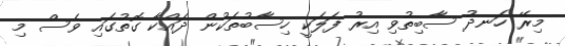
މިރޭ ހަނދު ސާބިތުވި އިރު ފަލަކީ ހިސާބުތަކުން ދައްކާ ގޮތުގައި ވެސް މި